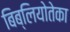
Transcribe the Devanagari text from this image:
बिब्लियोतेका